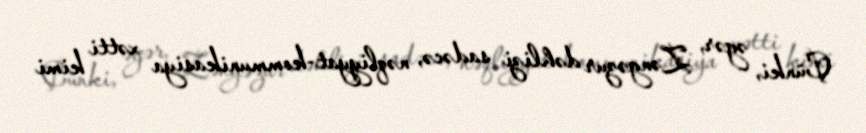
Çünki, əgər, Zəngəzur dəhlizi sadəcə, nəqliyyat-kommunikasiya xətti kimi